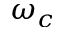
\omega _ { c }